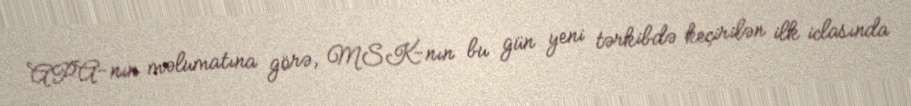
APA-nın məlumatına görə, MSK-nın bu gün yeni tərkibdə keçirilən ilk iclasında